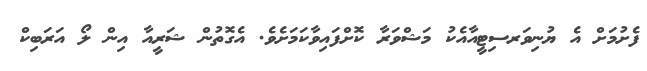
ފެށުމަށް އެ ޔުނިވަރސިޓީއާއެކު މަޝްވަރާ ކޮށްފައިވާކަމަށެވެ. އެގޮތުން ޝަރީއާ އިން ލޯ އަރަބިކް